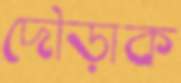
দৌড়াক